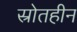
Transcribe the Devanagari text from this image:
स्रोतहीन